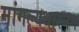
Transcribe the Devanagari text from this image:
मांगल्यधारनम